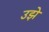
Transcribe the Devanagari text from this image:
उझे